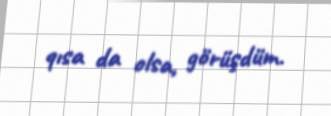
qısa da olsa, görüşdüm.